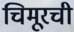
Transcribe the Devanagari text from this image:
चिमूरची